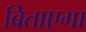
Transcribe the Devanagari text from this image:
बिताएगा